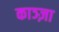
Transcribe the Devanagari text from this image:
काञ्ज़ा